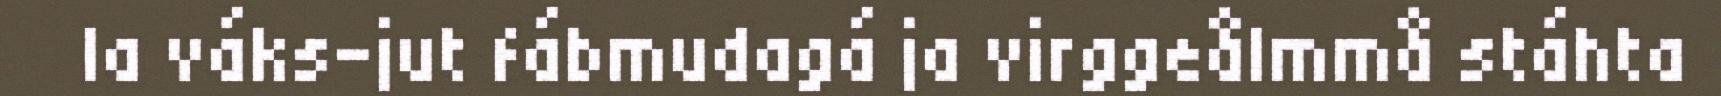
la váks-jut fábmudagá ja virggeålmmå stáhta